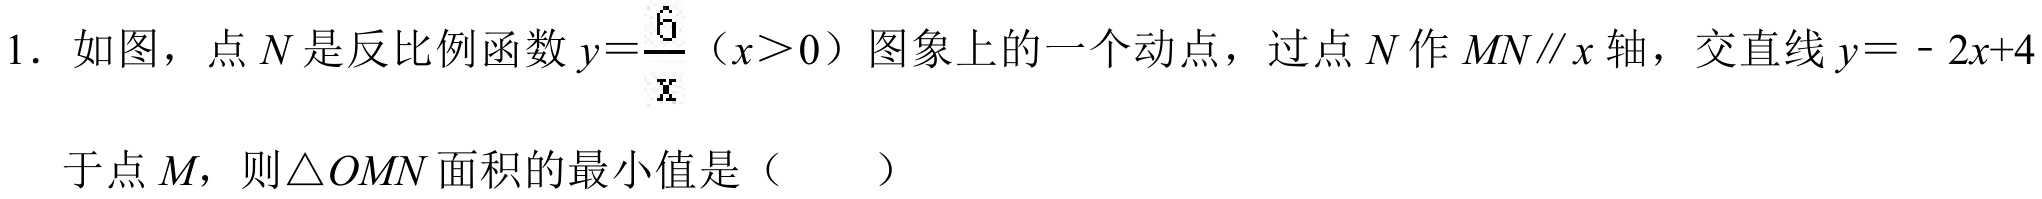
1. 如图，点\(N\)是反比例函数\(y = \frac{6}{x}(x>0)\)图象上的一个动点，过点\(N\)作\(MN\parallel x\)轴，交直线\(y=-2x + 4\)于点\(M\)，则\(\triangle  OMN\)面积的最小值是（  ）